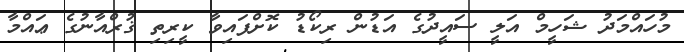
މުހައްމަދު ޝަހީމް އަލީ ސައީދުގެ އަޑުން ރިކޯޑު ކޮށްފައިވާ ކީރިތި ޤުރްއާނުގެ ޢައްމާ